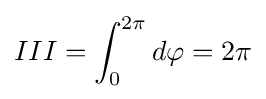
III=\int _{0}^{2\pi }d\varphi =2\pi